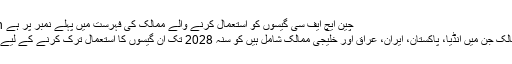
Image caption چین ایچ ایف سی گیسوں کو استعمال کرنے والے ممالک کی فہرست میں پہلے نمبر پر ہے
دیگر ترقی پذیر ممالک جن میں انڈیا، پاکستان، ایران، عراق اور خلیجی ممالک شامل ہیں کو سنہ 2028 تک ان گیسوں کا استعمال ترک کرنے کے لیے مہلت دی گئی ہے۔